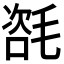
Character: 𣯃